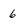
Character: 6